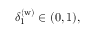
\delta _ { 1 } ^ { \mathrm { ( w ) } } \in ( 0 , 1 ) ,